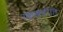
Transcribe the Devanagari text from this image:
रक्खतीति